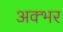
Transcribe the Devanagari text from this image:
अक्भर